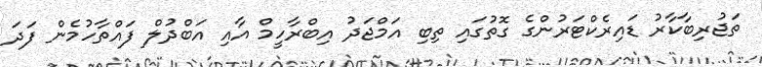
ތަޖުރިބާކާރު ޑައިރެކްޓަރުންގެ ގޮތުގައި ތިބި އަމްޖަދު އިބްރާހީމް އާއި އަބްދުލް ފައްތާހުމެން ފަދަ